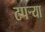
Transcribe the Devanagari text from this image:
टपर्‍या